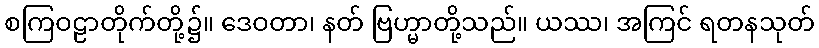
စကြဝဠာတိုက်တို့၌။ ဒေဝတာ၊ နတ် ဗြဟ္မာတို့သည်။ ယဿ၊ အကြင် ရတနသုတ်